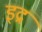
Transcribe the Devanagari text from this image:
इद्रं